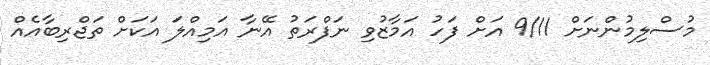
މުސްލިމުންނަށް 9/11 އަށް ފަހު އަމާޒުވި ނަފްރަތު އޭނާ އަމިއްލަ އަކަށް ތަޖްރިބާއެއް